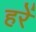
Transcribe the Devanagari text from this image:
हरें